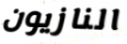
النازيون